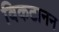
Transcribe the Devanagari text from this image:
विकटानन